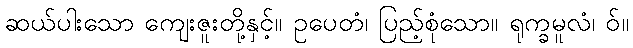
ဆယ်ပါးသော ကျေးဇူးတို့နှင့်။ ဥပေတံ၊ ပြည့်စုံသော။ ရုက္ခမူလံ၊ ဝ်။